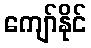
ကျော်နိုင်